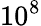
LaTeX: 10^{8}